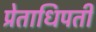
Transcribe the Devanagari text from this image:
प्रेताधिपती